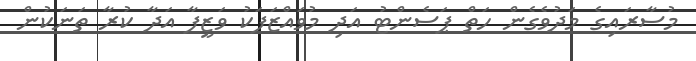
މުސާރައިގެ މަދުވެގެން ހަތް ޕަސެންޓު އަދި މުވައްޒަފަކު ވަޒީފާ އަދާ ކުރާ ތަނަކުން